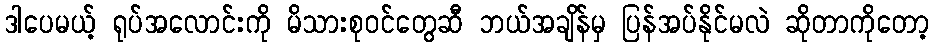
ဒါပေမယ့် ရုပ်အလောင်းကို မိသားစုဝင်တွေဆီ ဘယ်အချိန်မှ ပြန်အပ်နိုင်မလဲ ဆိုတာကိုတော့